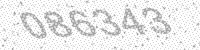
Solution: 086343